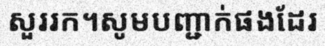
សួររក។សូមបញ្ជាក់ផងដែរ